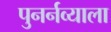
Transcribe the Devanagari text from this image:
पुनर्नव्याला